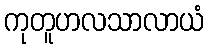
ကုတူဟလသာလာယံ